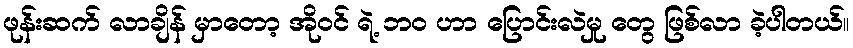
ဖုန်းဆက် လာချိန် မှာတော့ အိုဝင် ရဲ့ ဘ၀ ဟာ ပြောင်းလဲမှု တွေ ဖြစ်လာ ခဲ့ပါတယ်။